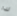
لذا